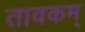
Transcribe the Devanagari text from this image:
तावकम्